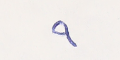
٩